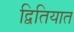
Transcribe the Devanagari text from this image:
द्वितियात